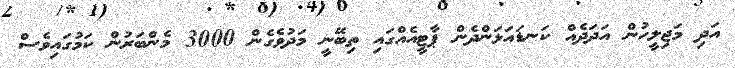
އަދި މަޖިލީހުން އަދަދެއް ކަނޑައަޅަންދެން ޕާޓީއެއްގައި ތިބޭނީ މަދުވެގެން 3000 މެންބަރުން ކަމުގައިވެސް